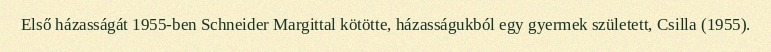
Első házasságát 1955-ben Schneider Margittal kötötte, házasságukból egy gyermek született, Csilla (1955).